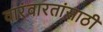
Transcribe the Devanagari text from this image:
वारंवारतांसाठी